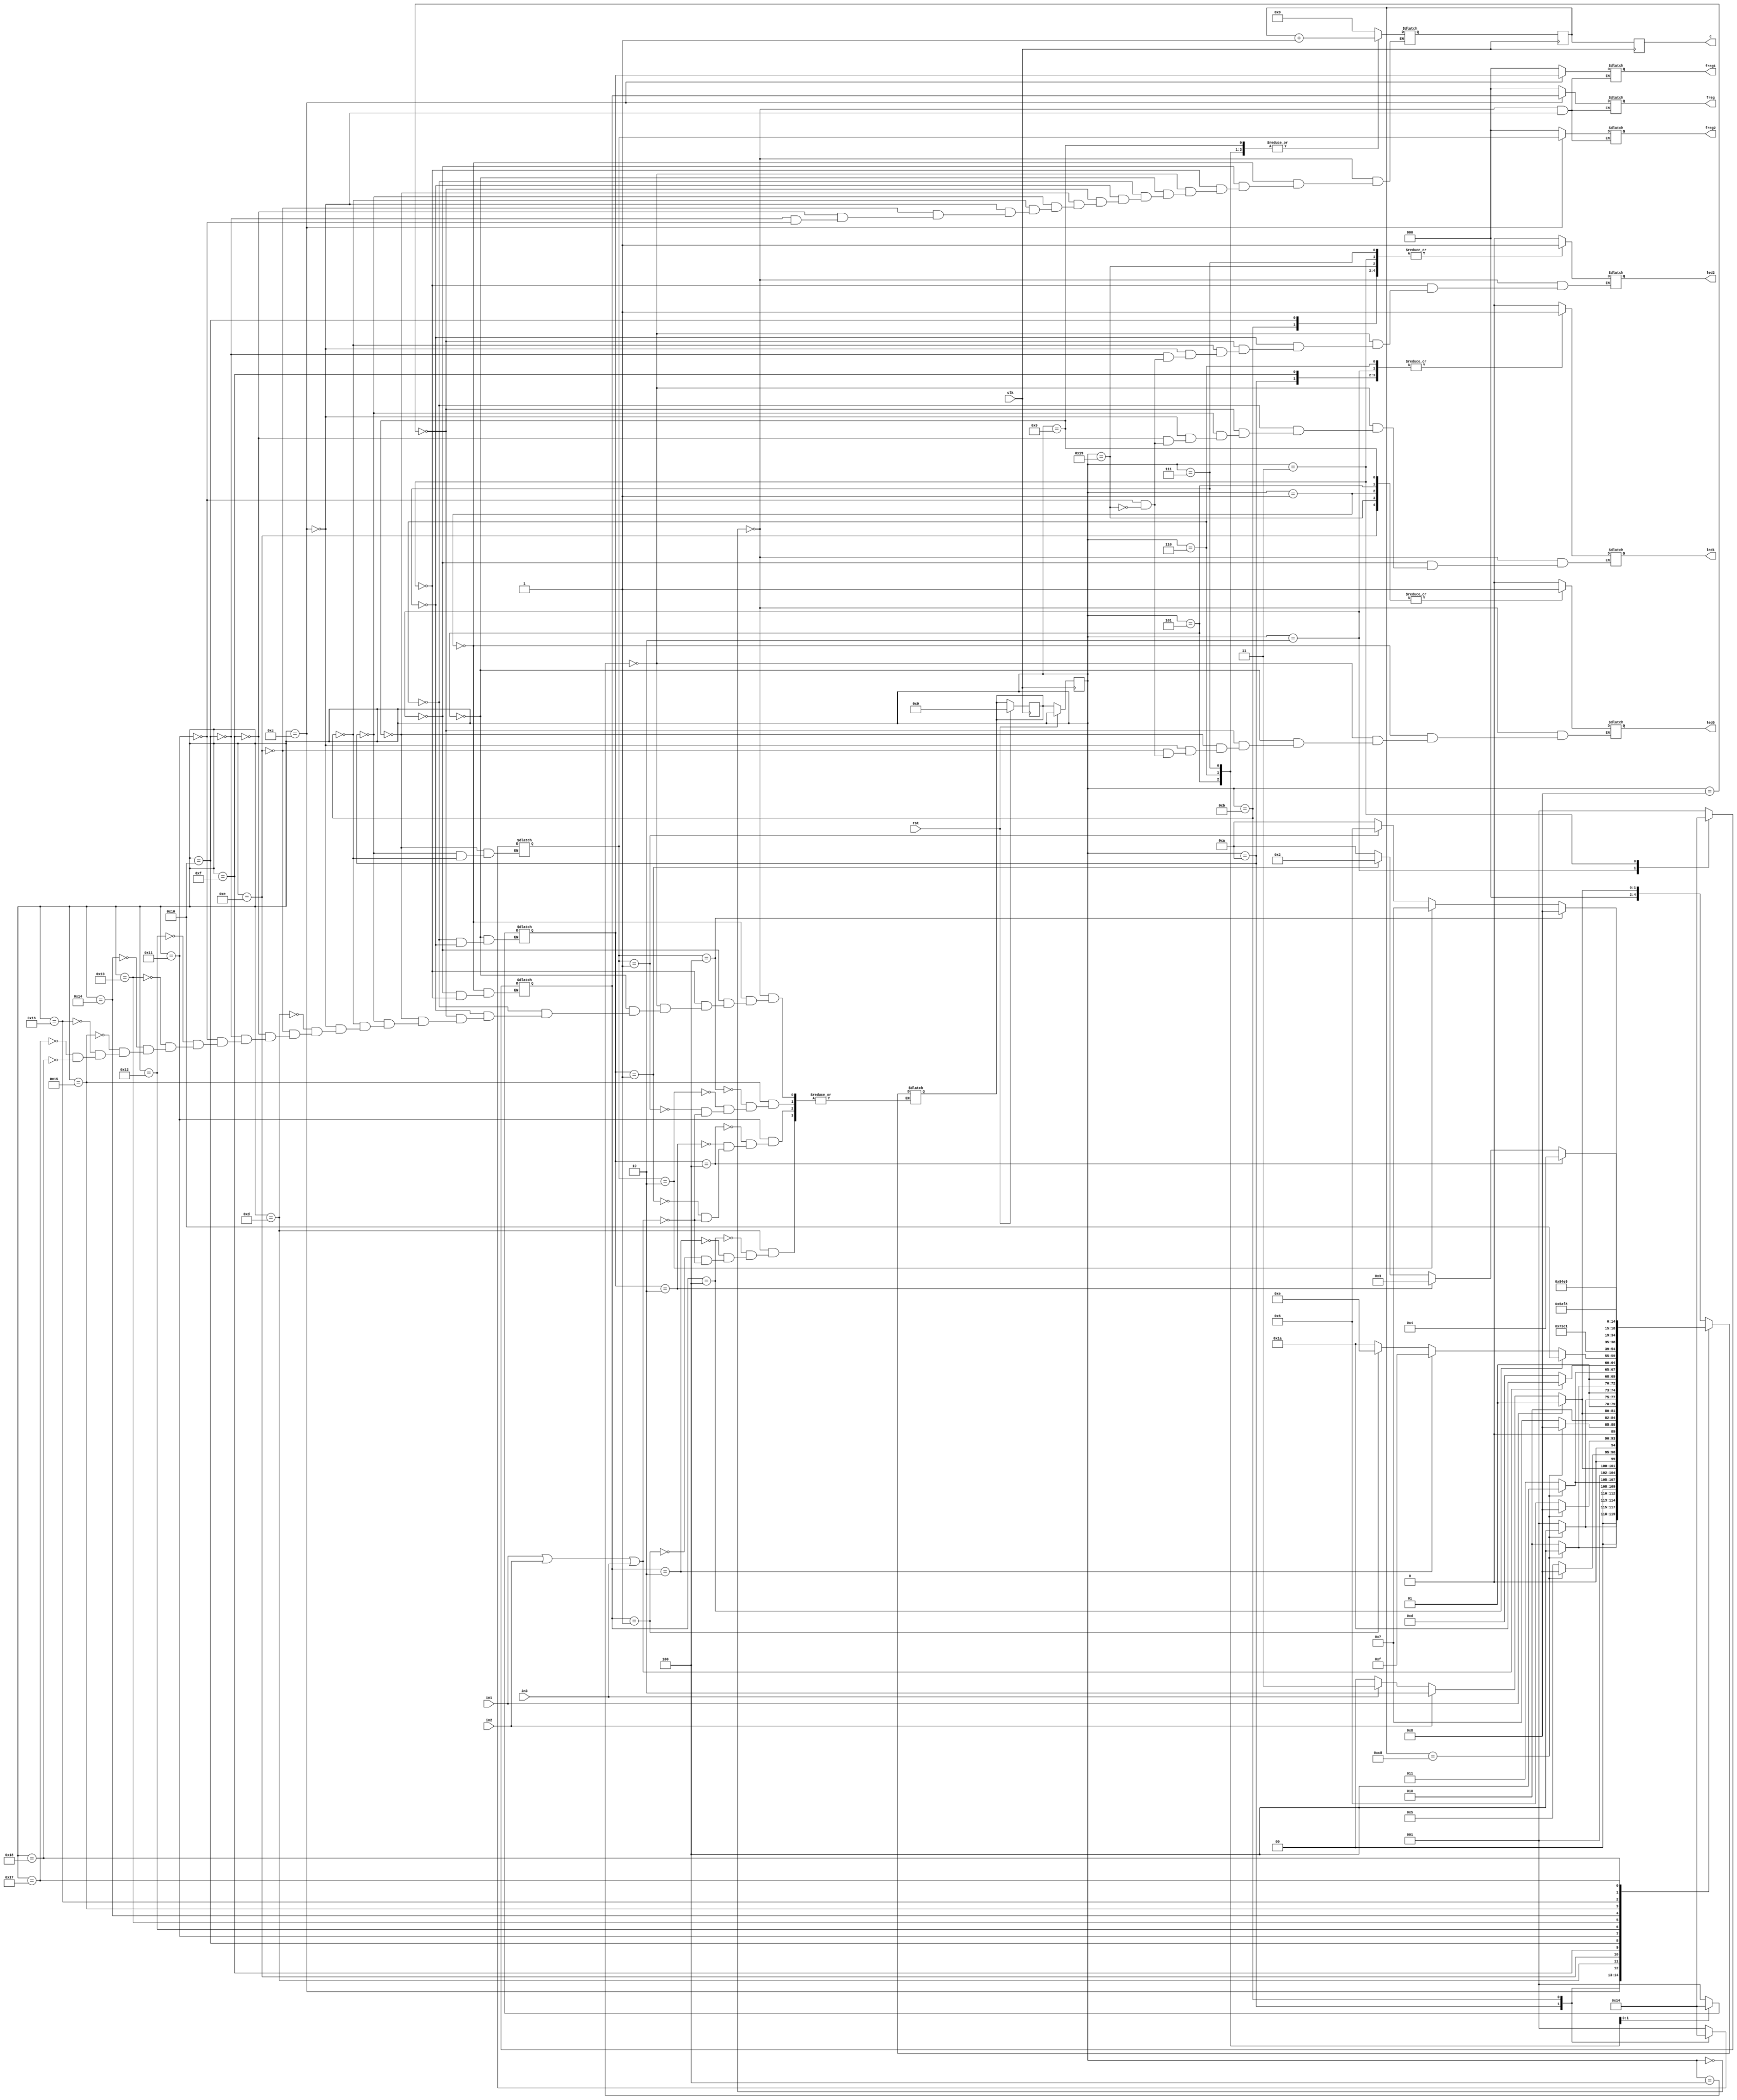
module counter(
 input clk,
 input rst,
 input in1,
 input in2,
 input in3,
 output reg [2:0] freg,
 output reg [2:0] freg1,
 output reg [2:0] freg2,
 output reg led0,
 output reg led1,
 output reg led2,
 output reg [31:0] c
);

reg [31:0] counter;
reg [31:0] countrp;

reg [2:0] reg1;
reg [2:0] reg2;
reg [2:0] reg3;

reg [4:0] cs;
reg [4:0] ns;

always @ (posedge clk) begin
 if(rst)
  ns<=5'd0;
 else
  cs<=ns;
end

always @ (*) 
case(cs) 
 5'd0:begin
  if(in1)
   ns<=5'd1;
  else if(in2)
   ns<=5'd2;
  else if(in3) 
   ns<=5'd3;
  else
   ns<=5'd0;
 end
 5'd1: begin 
  if(counter == 200) 
   ns<=5'd4;
  else
   ns<=5'd1;
 end
 5'd2:begin
  if(counter == 200) 
   ns<=5'd4;
  else
   ns<=5'd2;
 end
 5'd3: begin
  if(counter == 200) 
   ns<=5'd4;
  else
   ns<=5'd3;
 end
 5'd4:begin
   if(in1)
    ns<=5'd5;
   else if(in2)
    ns<=5'd6;
   else if(in3)
    ns<=5'd7;
   else
    ns<=5'd4;
 end
 5'd5:begin
  if(counter == 200) 
   ns<=5'd8;
  else
   ns<=5'd5;
 end
 5'd6:begin
  if(counter == 200) 
   ns<=5'd8;
  else
   ns<=5'd6;
 end
 5'd7:begin
  if(counter == 200) 
   ns<=5'd8;
  else
   ns<=5'd7;
 end
 5'd8:begin
   if(in1)
    ns<=5'd9;
   else if(in2)
    ns<=5'd10;
   else if(in3)
    ns<=5'd11;
   else
    ns<=5'd8;
 end
 5'd9:begin
  if(counter == 200) 
   ns<=5'd12;
  else
   ns<=5'd9;
 end
 5'd10:begin
  if(counter == 200) 
   ns<=5'd12;
  else
   ns<=5'd10;
 end
 5'd11:begin
  if(counter == 200) 
   ns<=5'd12;
  else
   ns<=5'd11;
 end
 5'd12:begin
  if(in1 || in2 || in3)
     ns<=5'd26;
  else
   ns<=5'd13;
 end
 5'd13: begin
  if(in1 || in2 || in3)
     ns<=5'd26;
  if(reg1 == 3'b001)
   ns<=5'd14;
  if(reg1 == 3'b010)
   ns<=5'd15;
  if(reg1 == 3'b100)
   ns<=5'd16;
 end
 5'd14: begin
  if(in1 || in2 || in3)
     ns<=5'd26;
  if(counter == 200)
     ns<=5'd17;
  else;
     ns<=5'd14;
 end
 5'd15: begin
  if(in1 || in2 || in3)
     ns<=5'd26;
  if(counter == 200)
     ns<=5'd17;
  else;
     ns<=5'd15;
 end
 5'd16: begin
  if(in1 || in2 || in3)
     ns<=5'd26;
  if(counter == 200)
     ns<=5'd17;
  else;
     ns<=5'd16;
 end
 5'd17: begin
  if(in1 || in2 || in3)
     ns<=5'd26;
  if(reg2 == 3'b001)
   ns<=5'd18;
  if(reg2 == 3'b010)
   ns<=5'd19;
  if(reg2 == 3'b100)
   ns<=5'd20;
 end
 5'd18: begin
  if(in1 || in2 || in3)
     ns<=5'd26;
  if(counter == 200)
     ns<=5'd21;
  else;
     ns<=5'd18;
 end
 5'd19: begin
  if(in1 || in2 || in3)
     ns<=5'd26;
  if(counter == 200)
     ns<=5'd21;
  else;
     ns<=5'd19;
 end
 5'd20: begin
  if(in1 || in2 || in3)
     ns<=5'd26;
  if(counter == 200)
     ns<=5'd21;
  else;
     ns<=5'd20;
 end
 5'd21: begin
  if(in1 || in2 || in3)
     ns<=5'd26;
  if(reg3 == 3'b001)
   ns<=5'd22;
  if(reg3 == 3'b010)
   ns<=5'd23;
  if(reg3 == 3'b100)
   ns<=5'd24;
 end
 5'd22: begin
  if(in1 || in2 || in3)
     ns<=5'd26;
  if(counter == 200)
     ns<=5'd25;
  else;
     ns<=5'd22;
 end
 5'd23: begin
  if(in1 || in2 || in3)
     ns<=5'd26;
  if(counter == 200)
     ns<=5'd25;
  else;
     ns<=5'd23;
 end
 5'd24: begin
  if(in1 || in2 || in3)
     ns<=5'd26;
  if(counter == 200)
     ns<=5'd25;
  else;
     ns<=5'd24;
 end
endcase

always @ (*) 
case(cs)
 5'd0:begin
  countrp = 0;
  freg <= 0;
  freg1 <= 0;
  freg2 <= 0;
  led0 <= 0;
  led1 <= 0;
  led2 <= 0;
 end
 5'd1: begin
  countrp = counter + 1;
  led0 <= 1;
  reg1 <= 3'b001;
 end
 5'd2:begin
  countrp = counter + 1;
  led1 <= 1;
  reg1 <= 3'b010;
 end
 5'd3:begin
  countrp = counter + 1;
  led2 <= 1;
  reg1 <= 3'b100;
 end 
 5'd4:begin
  countrp <= 0;
  led0 <= 0;
  led1 <= 0;
  led2 <= 0;
 end
 5'd5: begin
  countrp = counter + 1;
  led0 <= 1;
  reg2 <= 3'b001;
 end
 5'd6: begin
  countrp = counter + 1;
  led1 <= 1;
  reg2 <= 3'b010;
 end
 5'd7: begin
  countrp = counter + 1;
  led2 <= 1;
  reg2 <= 3'b100;
 end
 5'd8:begin
  countrp <= 0;
  led0 <= 0;
  led1 <= 0;
  led2 <= 0;
 end
 5'd9:begin
  countrp = counter + 1;
  led0 <= 1;
  reg3 <= 3'b001;
 end 
 5'd10:begin
  countrp = counter + 1;
  led1<=1;
  reg3 <= 3'b010;
 end
 5'd11:begin
  countrp = counter + 1;
  led2<=1;
  reg3 <= 3'b100;
 end
 5'd12: begin
  countrp <= 0;
  freg <= reg1;
  freg1 <= reg2;
  freg2 <= reg3;
  led0 <= 0;
  led1 <= 0;
  led2 <= 0;
 end
 5'd14: begin
  countrp = counter + 1;
  led0 <= 1;
 end  
 5'd15: begin
  countrp = counter + 1;
  led1 <= 1;
 end 
 5'd16: begin
  countrp = counter + 1;
  led2 <= 1;
 end 
 5'd17:begin
  countrp<=0;
  led0 <= 0;
  led1 <= 0;
  led2 <= 0;
 end
 5'd25: begin
  led0 <= 1;
  led1 <= 0;
  led2 <= 1;
 end  
endcase

always @ (posedge clk) begin
 counter <=  countrp;
 c <= counter;
end

endmodule